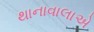
થાનાવાલાએ